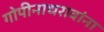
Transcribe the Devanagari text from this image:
गोपीनाथरावांना